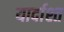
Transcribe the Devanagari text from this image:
यार्दाश्त